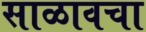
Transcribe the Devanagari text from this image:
साळावचा